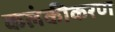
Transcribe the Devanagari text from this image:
कलंकीकरण